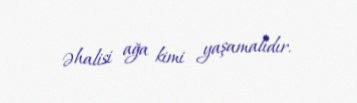
əhalisi ağa kimi yaşamalıdır.